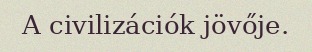
A civilizációk jövője.